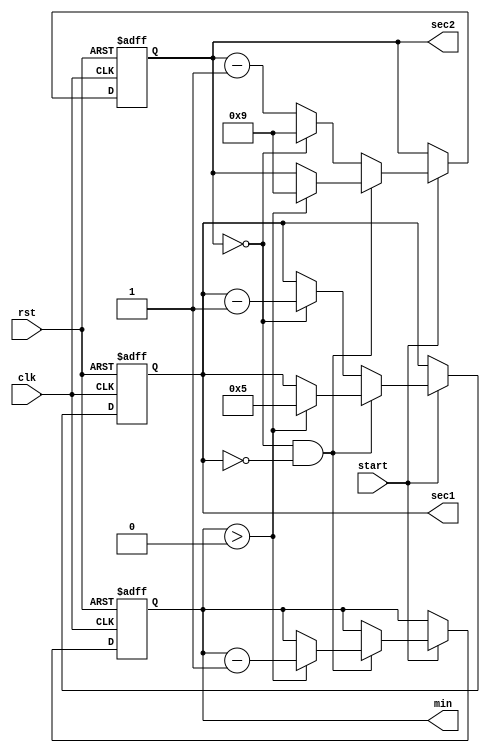
module timer(
    input clk,
    input rst,
    input start,
    output reg [3:0] min,
    output reg [3:0] sec1, // 
    output reg [3:0] sec2 // 
);

//initial 
//begin
//    min = 4'd2;
//    sec1 = 4'd0;
//    sec2 = 4'd0;
//end

always @(posedge clk, negedge rst)
begin
    if(!rst)begin
        min <= 4'd2;
        sec1 <= 4'd0;
        sec2 <= 4'd0;
    end
    else begin
        if (start) begin
            // 00
            if (sec2 == 4'd0 && sec1 == 4'd0)begin
                if (min > 4'd0) begin
                    min <= min - 4'd1; // 
                    sec1 <= 4'd5;
                    sec2 <= 4'd9;
                end
					 else begin
						min <= min;
						sec1 <= sec1;
						sec2 <= sec2;
					 end
            end
            else if (sec2 == 4'd0) 
            begin
            // 
            sec1 <= sec1 - 4'd1;
            sec2 <= 4'd9;
            end
            else begin
            // 
            sec2 <= sec2 - 4'd1;
            end
        end
		  else
		  begin
				min <= min;
				sec1 <= sec1;
				sec2 <= sec2;
		  end
    end
end

endmodule